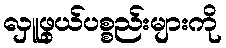
လှူဖွယ်ပစ္စည်းများကို